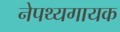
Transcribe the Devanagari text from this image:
नेपथ्यगायक